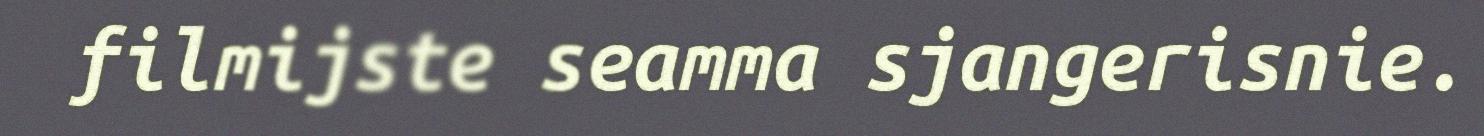
filmijste seamma sjangerisnie.